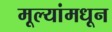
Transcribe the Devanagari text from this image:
मूल्‍यांमधून